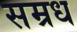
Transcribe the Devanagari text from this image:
सम्रध